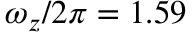
\omega _ { z } / 2 \pi = 1 . 5 9